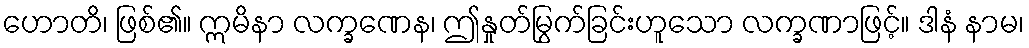
ဟောတိ၊ ဖြစ်၏။ ဣမိနာ လက္ခဏေန၊ ဤနှုတ်မြွက်ခြင်းဟူသော လက္ခဏာဖြင့်။ ဒါနံ နာမ၊